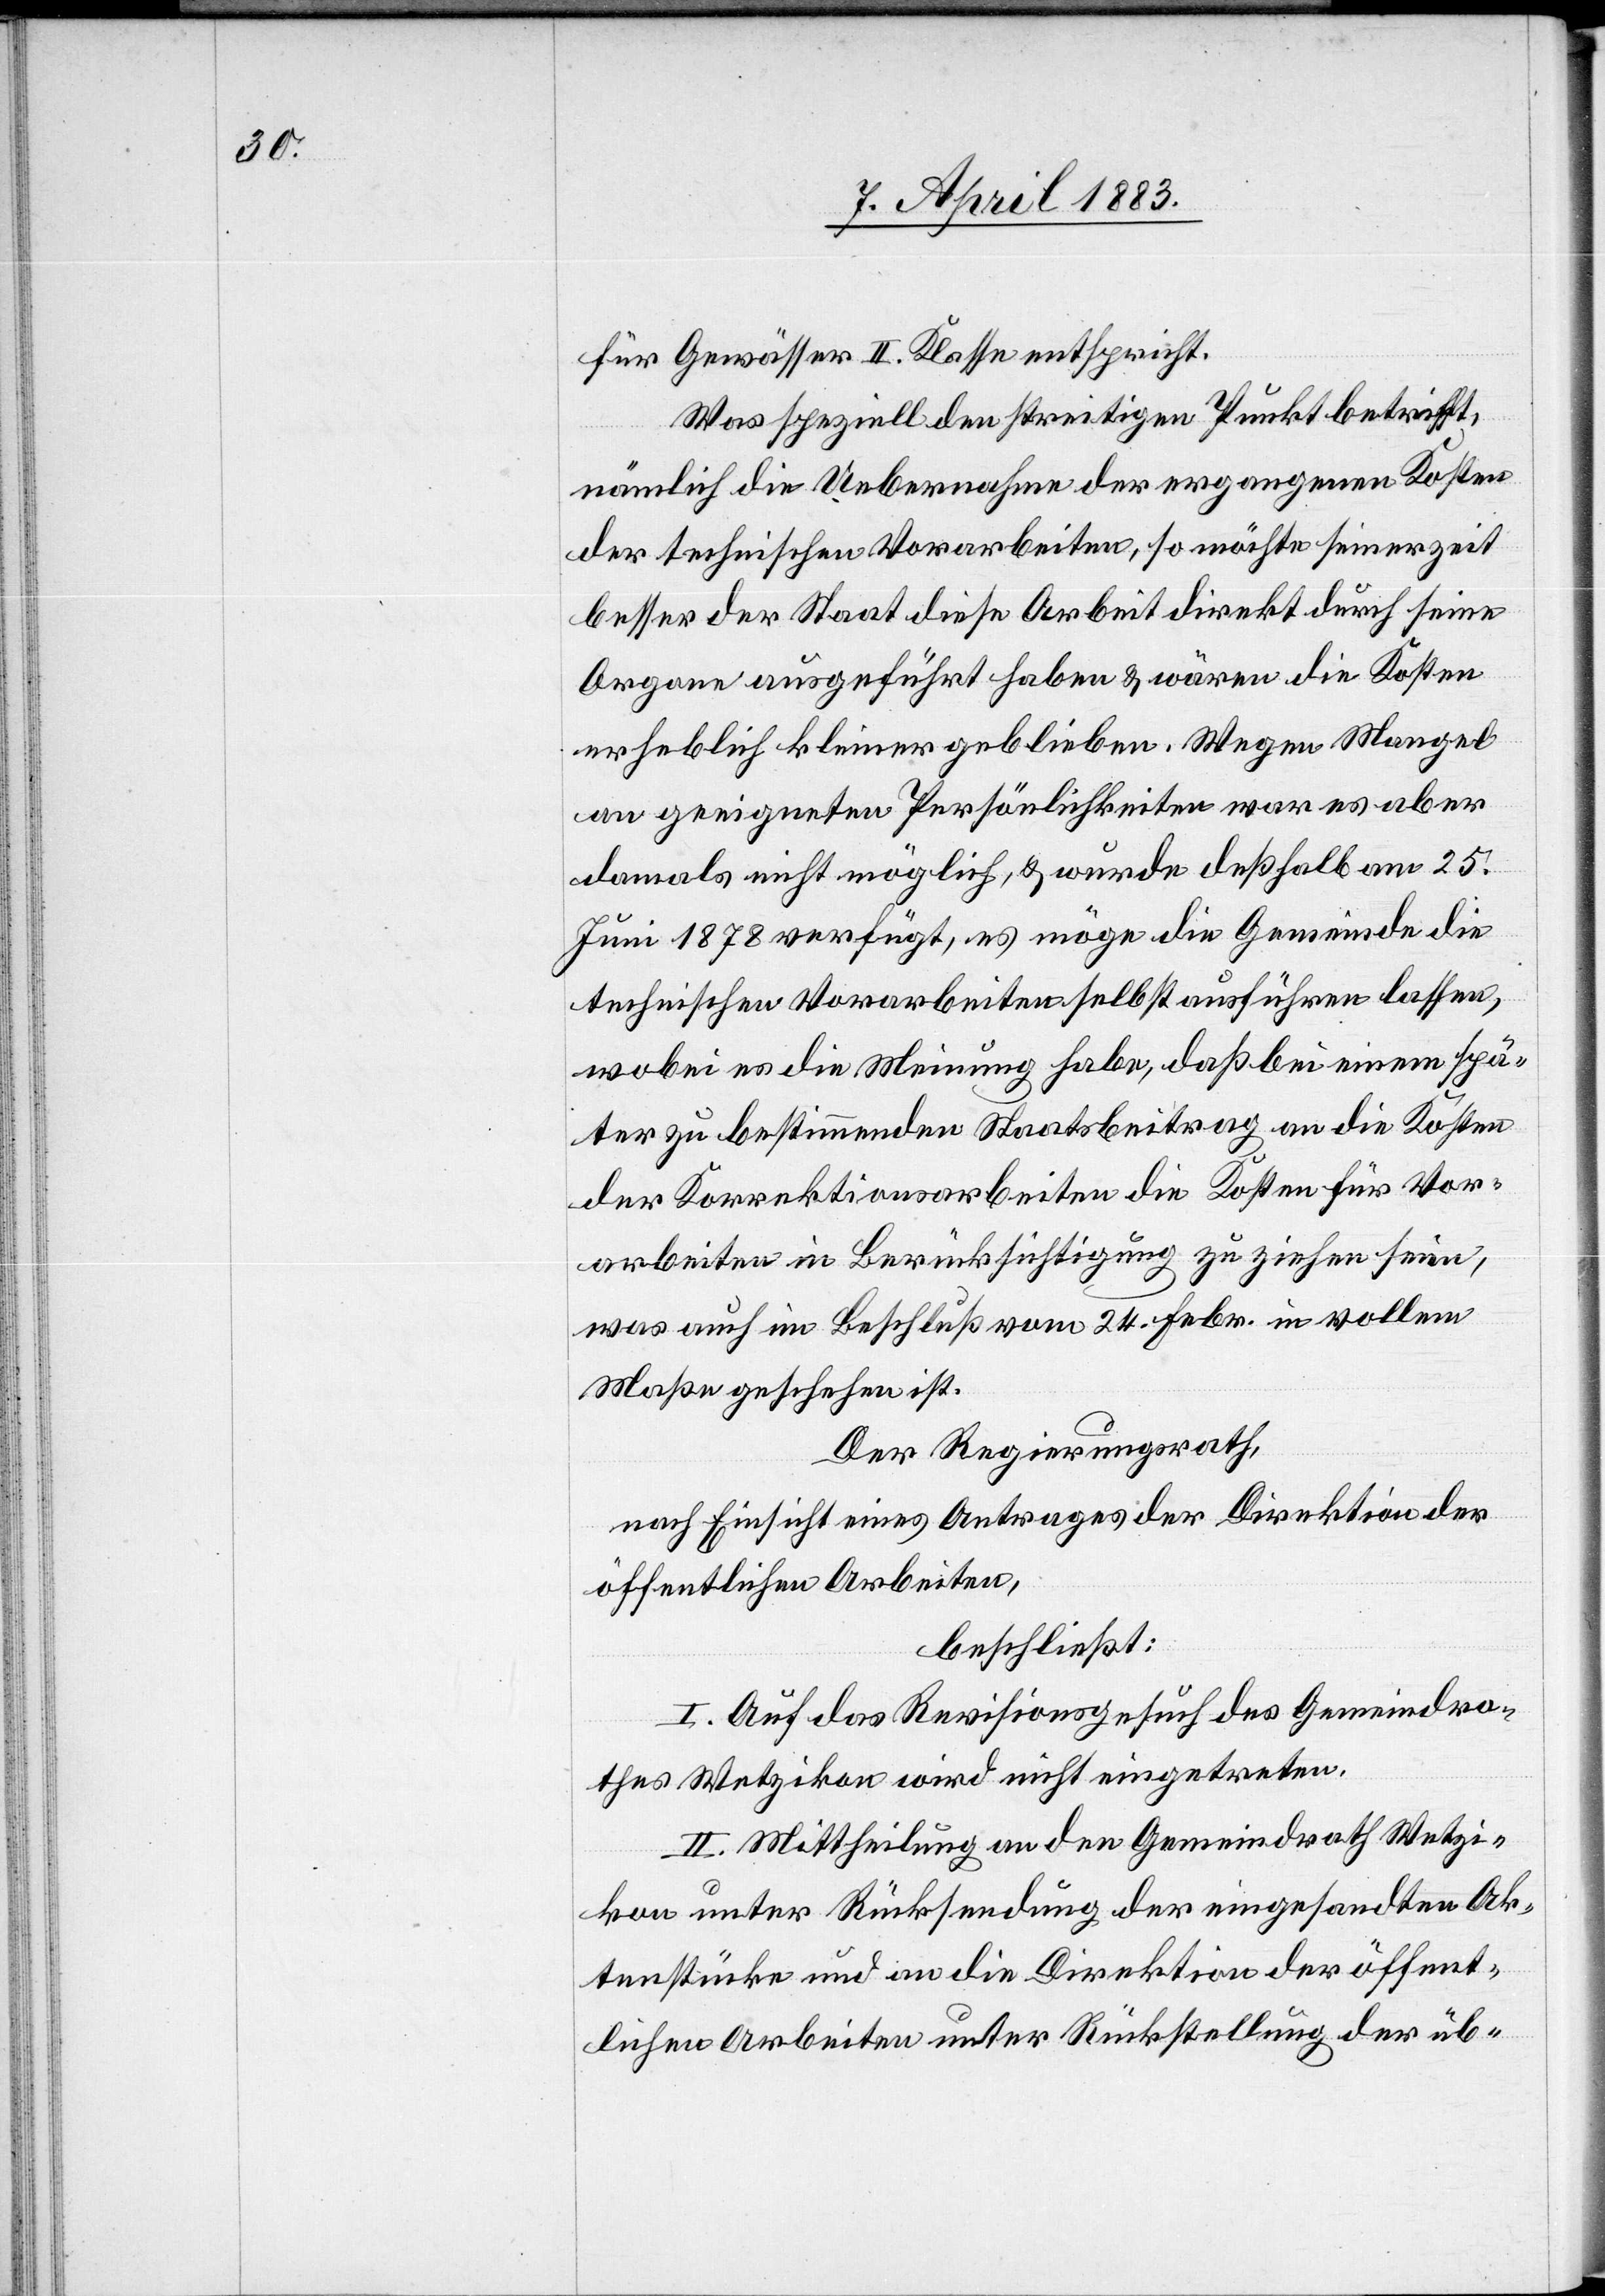
für Gewässer II. Klasse entspricht.
Was speziell den streitigen Punkt betrifft,
nämlich die Uebernahme der ergangenen Kosten
der technischen Vorarbeiten, so möchte seinerzeit
besser der Staat diese Arbeit direkt durch seine
Organe ausgeführt haben & wären die Kosten
erheblich kleiner geblieben. Wegen Mangel
an geeigneten Persönlichkeiten war es aber
damals nicht möglich, & wurde deßhalb am 25.
Juni 1878 verfügt, es möge die Gemeinde die
technischen Vorarbeiten selbst ausführen lassen,
wobei es die Meinung habe, daß bei einem spä¬
ter zu bestimmenden Staatsbeitrag an die Kosten
der Korrektionsarbeiten die Kosten für Vor¬
arbeiten in Berücksichtigung zu ziehen seien,
was auch im Beschluß vom 24. Febr. in vollem
Maße geschehen ist.
Der Regierungsrath,
nach Einsicht eines Antrages der Direktion der
öffentlichen Arbeiten,
beschließt:
I. Auf das Revisionsgesuch des Gemeindra¬
thes Wetzikon wird nicht eingetreten.
II. Mittheilung an den Gemeindrath Wetzi¬
kon unter Rücksendung der eingesandten Ak¬
tenstücke und an die Direktion der öffent¬
lichen Arbeiten unter Rückstellung der üb-